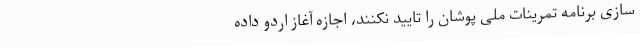
سازی برنامه تمرینات ملی پوشان را تایید نکنند، اجازه آغاز اردو داده